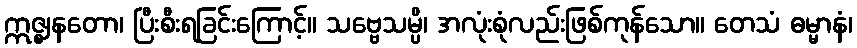
ဣဇ္ဈနတော၊ ပြီးစီးရခြင်းကြောင့်။ သဗ္ဗေသမ္ပိ၊ အလုံးစုံလည်းဖြစ်ကုန်သော။ တေသံ ဓမ္မာနံ၊